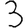
Digit: 3